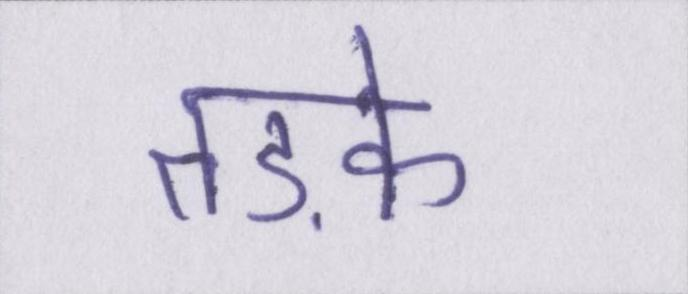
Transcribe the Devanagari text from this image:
तड़के